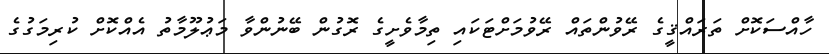
ހާއްސަކޮށް ތަރައްޤީގެ ރޭވުންތައް ރޭވުމަށްޓަކައި ތިމާވެށީގެ ރޮގުން ބޭނުންވާ މަޢުލޫމާތު އެއްކޮށް ކުރިމަގުގެ